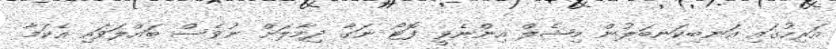
އަރިހުގައި އަނބިކަނބަލުން މިޝެލް އިންނެވީ ފޮޓޯ ނަގާ ދިމާލަށް ނުވެސް ބައްލަވައި އެކަމާ